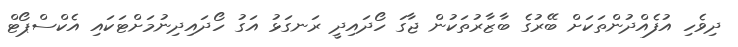
ދިވެހި އުފެއްދުންތަކަށް ބޭރުގެ ބާޒާރުތަކުން ޖާގަ ހޯދައިދީ ރަނގަޅު އަގު ހޯދައިދިނުމަށްޓަކައި އެކްސްޕޯޓް